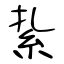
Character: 紥